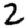
Digit: 2